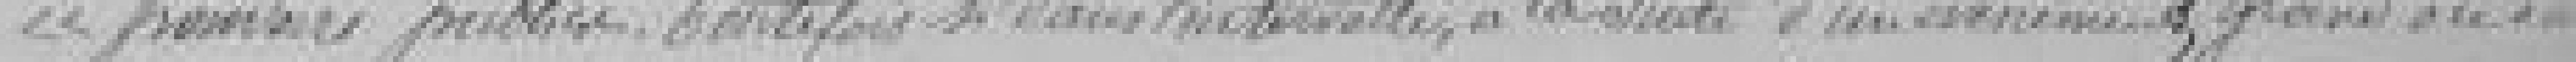
publics. Toutefois si dans l'intervalle, à la suite d'un évènement grave ou d'une